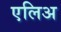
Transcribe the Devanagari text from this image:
एलिअ